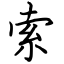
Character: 索